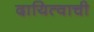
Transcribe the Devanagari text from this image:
दायित्वाची